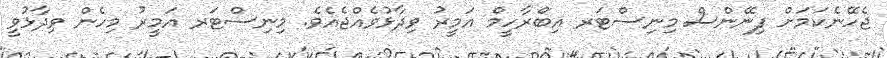
ޖެހޭނެކަމަށް ފިނޭންސް މިނިސްޓަރ އިބްރާހީމް އަމީރު ވިދާޅުވެއްޖެއެވެ. މިނިސްޓަރ އަމީރު މިހެން ވިދާޅުވީ